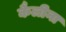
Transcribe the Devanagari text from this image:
कैलीना